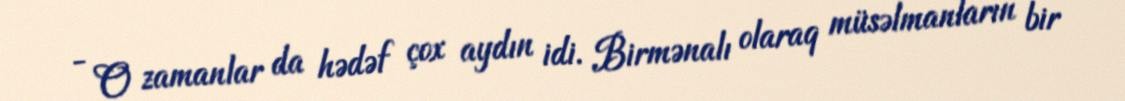
- O zamanlar da hədəf çox aydın idi. Birmənalı olaraq müsəlmanların bir